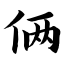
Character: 俩